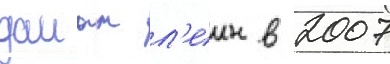
даиан л'еин в 2007